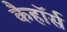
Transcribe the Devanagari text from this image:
कैहॉर्स